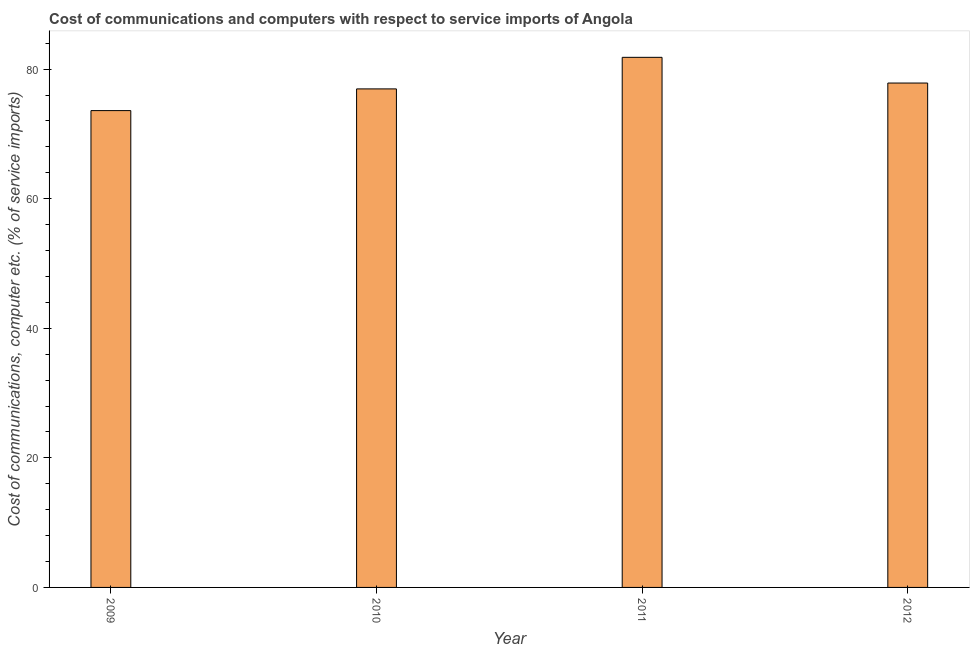
| Year | Communications |
 | --- | --- |
 | 2009 | 73.6 |
 | 2010 | 76.9 |
 | 2011 | 81.8 |
 | 2012 | 77.8 |